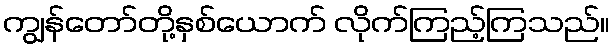
ကျွန်တော်တို့နှစ်ယောက် လိုက်ကြည့်ကြသည်။